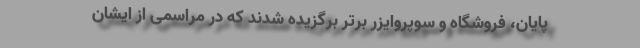
پایان، فروشگاه و سوپروایزر برتر برگزیده شدند که در مراسمی از ایشان